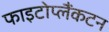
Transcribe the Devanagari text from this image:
फाइटोप्लैंकटन